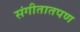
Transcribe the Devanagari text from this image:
संगीतातपण